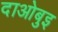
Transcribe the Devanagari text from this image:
दाओबुइ